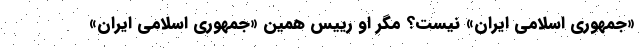
«جمهوری اسلامی ایران» نیست؟ مگر او رییس همین «جمهوری اسلامی ایران»